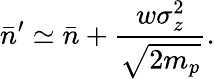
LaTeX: \bar{n}^{\prime}\simeq\bar{n}+\frac{w\sigma_{z}^{2}}{\sqrt{2m_{p}}}.